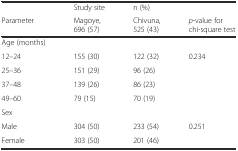
<table><thead><tr><td></td><td><b>Study site</b></td><td><b>n (%)</b></td><td></td></tr><tr><td><b>Parameter</b></td><td><b>Magoye, 696 (57)</b></td><td><b>Chivuna, 525 (43)</b></td><td><b><i>p</i>-value for chi-square test</b></td></tr></thead><tbody><tr><td>Age (months)</td><td></td><td></td><td></td></tr><tr><td>12–24</td><td>155 (30)</td><td>122 (32)</td><td>0.234</td></tr><tr><td>25–36</td><td>151 (29)</td><td>96 (26)</td><td></td></tr><tr><td>37–48</td><td>139 (26)</td><td>86 (23)</td><td></td></tr><tr><td>49–60</td><td>79 (15)</td><td>70 (19)</td><td></td></tr><tr><td>Sex</td><td></td><td></td><td></td></tr><tr><td>Male</td><td>304 (50)</td><td>233 (54)</td><td>0.251</td></tr><tr><td>Female</td><td>303 (50)</td><td>201 (46)</td><td></td></tr></tbody></table>